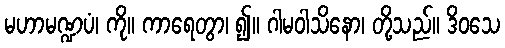
မဟာမဏ္ဍပံ၊ ကို။ ကာရေတွာ၊ ၍။ ဂါမဝါသိနော၊ တို့သည်။ ဒိဝသေ